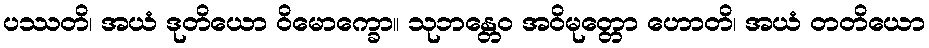
ပဿတိ၊ အယံ ဒုတိယော ဝိမောက္ခော။ သုဘန္တေဝ အဝိမုတ္တော ဟောတိ၊ အယံ တတိယော